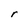
Character: r